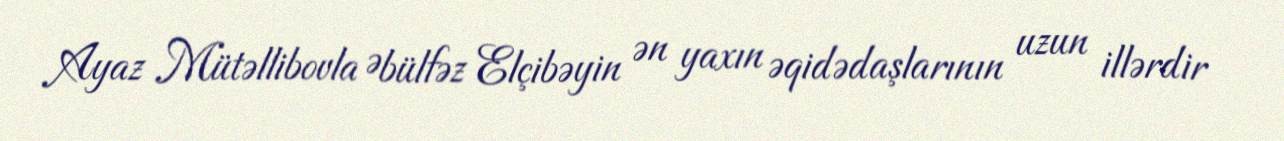
Ayaz Mütəllibovla Əbülfəz Elçibəyin ən yaxın əqidədaşlarının uzun illərdir